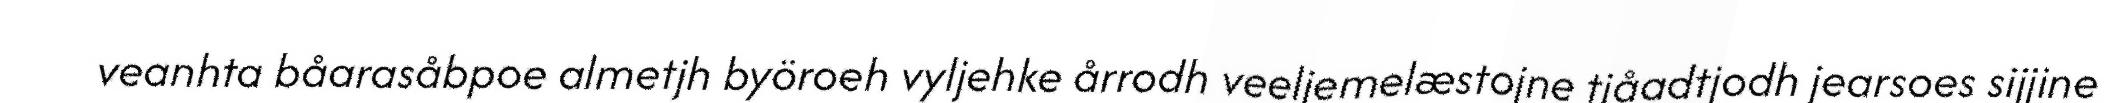
veanhta båarasåbpoe almetjh byöroeh vyljehke årrodh veeljemelæstojne tjåadtjodh jearsoes sijjine